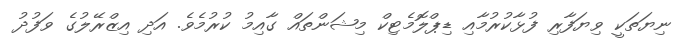
ނިޔަތަކީ ވިޔަފާރި ފުޅާކުރުމާއި ޑިޕްލޮމެޓިކް މިޝަންތައް ގާއިމު ކުރުމެވެ. އަދި އިޒްރޭލުގެ ވަފުދު